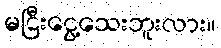
မငြီးငွေ့သေးဘူးလား။